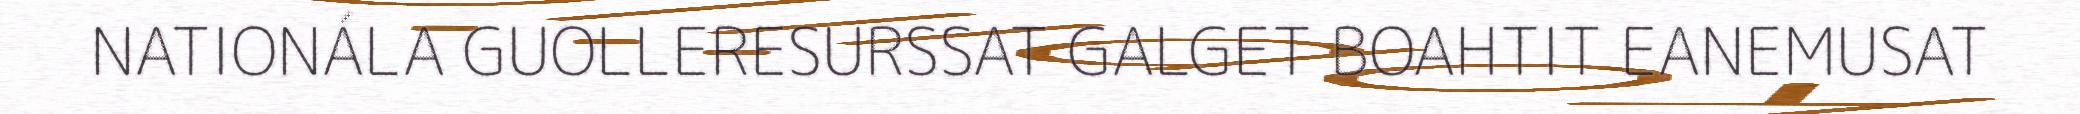
NATIONÁLA GUOLLERESURSSAT GALGET BOAHTIT EANEMUSAT